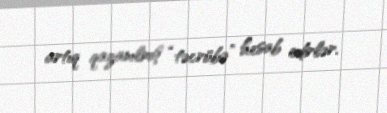
artıq qazanılmış “təcrübə” hesab edirlər.